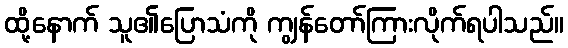
ထို့နောက် သူ၏ပြောသံကို ကျွန်တော်ကြားလိုက်ရပါသည်။